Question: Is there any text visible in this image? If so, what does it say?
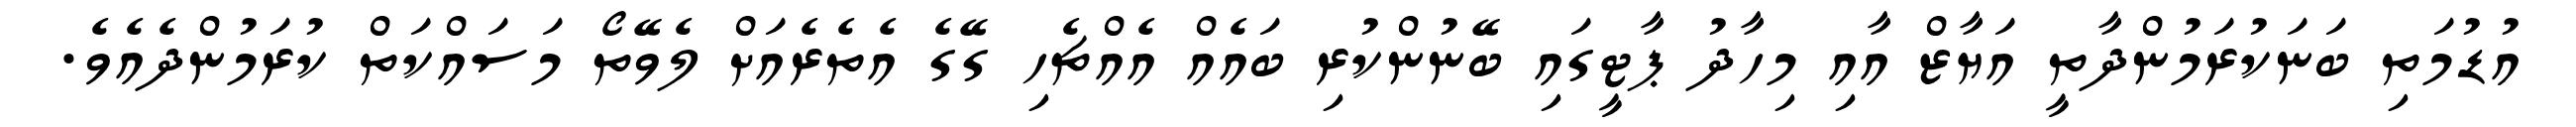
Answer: އުޑުމަތި ބަނަކުރަމުންދާތީ އަޔާޒް އާއި މިހާދު ޕާޓީގައި ބޭނުންކުރި ބައެއް އެއްޗެހި ގޭގެ އެތެރެއަށް ލެވޭތޯ މަސައްކަތް ކުރަމުންދެއެވެ.